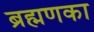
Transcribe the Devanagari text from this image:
ब्रह्मणका